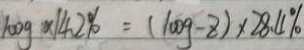
1 0 0 g \times 1 4 . 2 \% = ( 1 0 0 g - z ) \times 2 8 . 4 \%